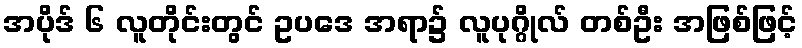
အပိုဒ် ၆ လူတိုင်းတွင် ဥပဒေ အရာ၌ လူပုဂ္ဂိုလ် တစ်ဦး အဖြစ်ဖြင့်